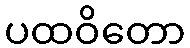
ပထဝိတော